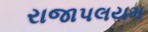
રાજાપલયમ